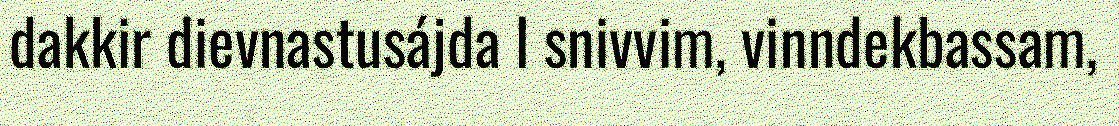
dakkir dievnastusájda l snivvim, vinndekbassam,